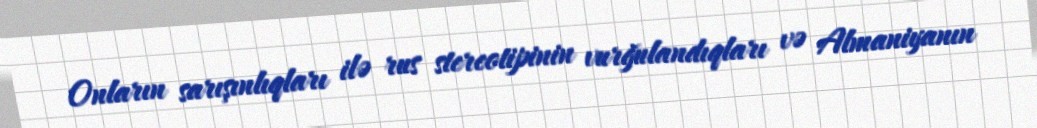
Onların sarışınlıqları ilə rus stereotipinin vurğulandıqları və Almaniyanın